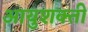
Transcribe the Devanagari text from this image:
आयुशक्ती